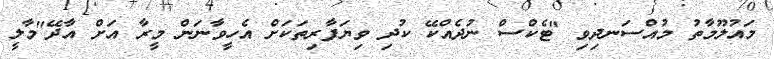
މައުލޫމާތު މުއްސަނދިވި "ޓެކްސް ނުދެއްކޭ ކުދި ވިޔަފާރިތަކަށް އެހީވާނަން މީރާ އަށް އާދޭ"މާލީ